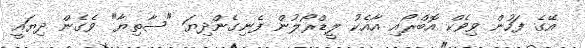
އޭގެ ފަހުން ވިވެކް އޮބްރޯއި އާއެކު ލީޑްރޯލުން ފެނިގެންދިޔަ "ސާތިޔާ" ވެގެން ދިޔައީ